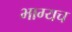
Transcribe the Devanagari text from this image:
भाग्यच